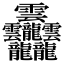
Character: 𱁬